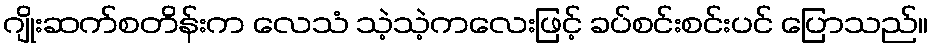
ဂျိုးဆက်စတိန်းက လေသံ သဲ့သဲ့ကလေးဖြင့် ခပ်စင်းစင်းပင် ပြောသည်။